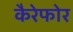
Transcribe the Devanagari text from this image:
कैरेफोर